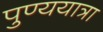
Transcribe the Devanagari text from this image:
पुण्ययात्रा